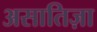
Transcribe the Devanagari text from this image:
असातिज़ा